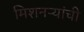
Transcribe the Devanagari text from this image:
मिशनऱ्यांची